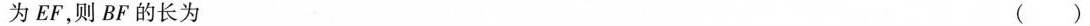
EF，则BF的长为 ( )